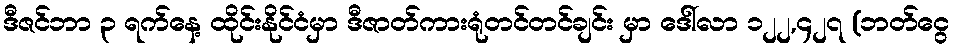
ဒီဇင်ဘာ ၃ ရက်နေ့ ထိုင်းနိုင်ငံမှာ ဒီဇာတ်ကားရုံတင်တင်ချင်း မှာ ဒေါ်လာ ၁၂၂,၄၂၇ (ဘတ်ငွေ